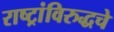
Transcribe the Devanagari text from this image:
राष्ट्रांविरुद्धचे